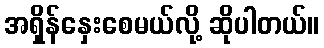
အရှိန်နှေးစေမယ်လို့ ဆိုပါတယ်။